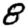
Digit: 8